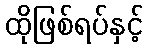
ထိုဖြစ်ရပ်နှင့်